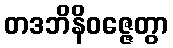
တဒဘိနိဝဇ္ဇေတွာ